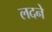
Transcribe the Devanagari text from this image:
लदने